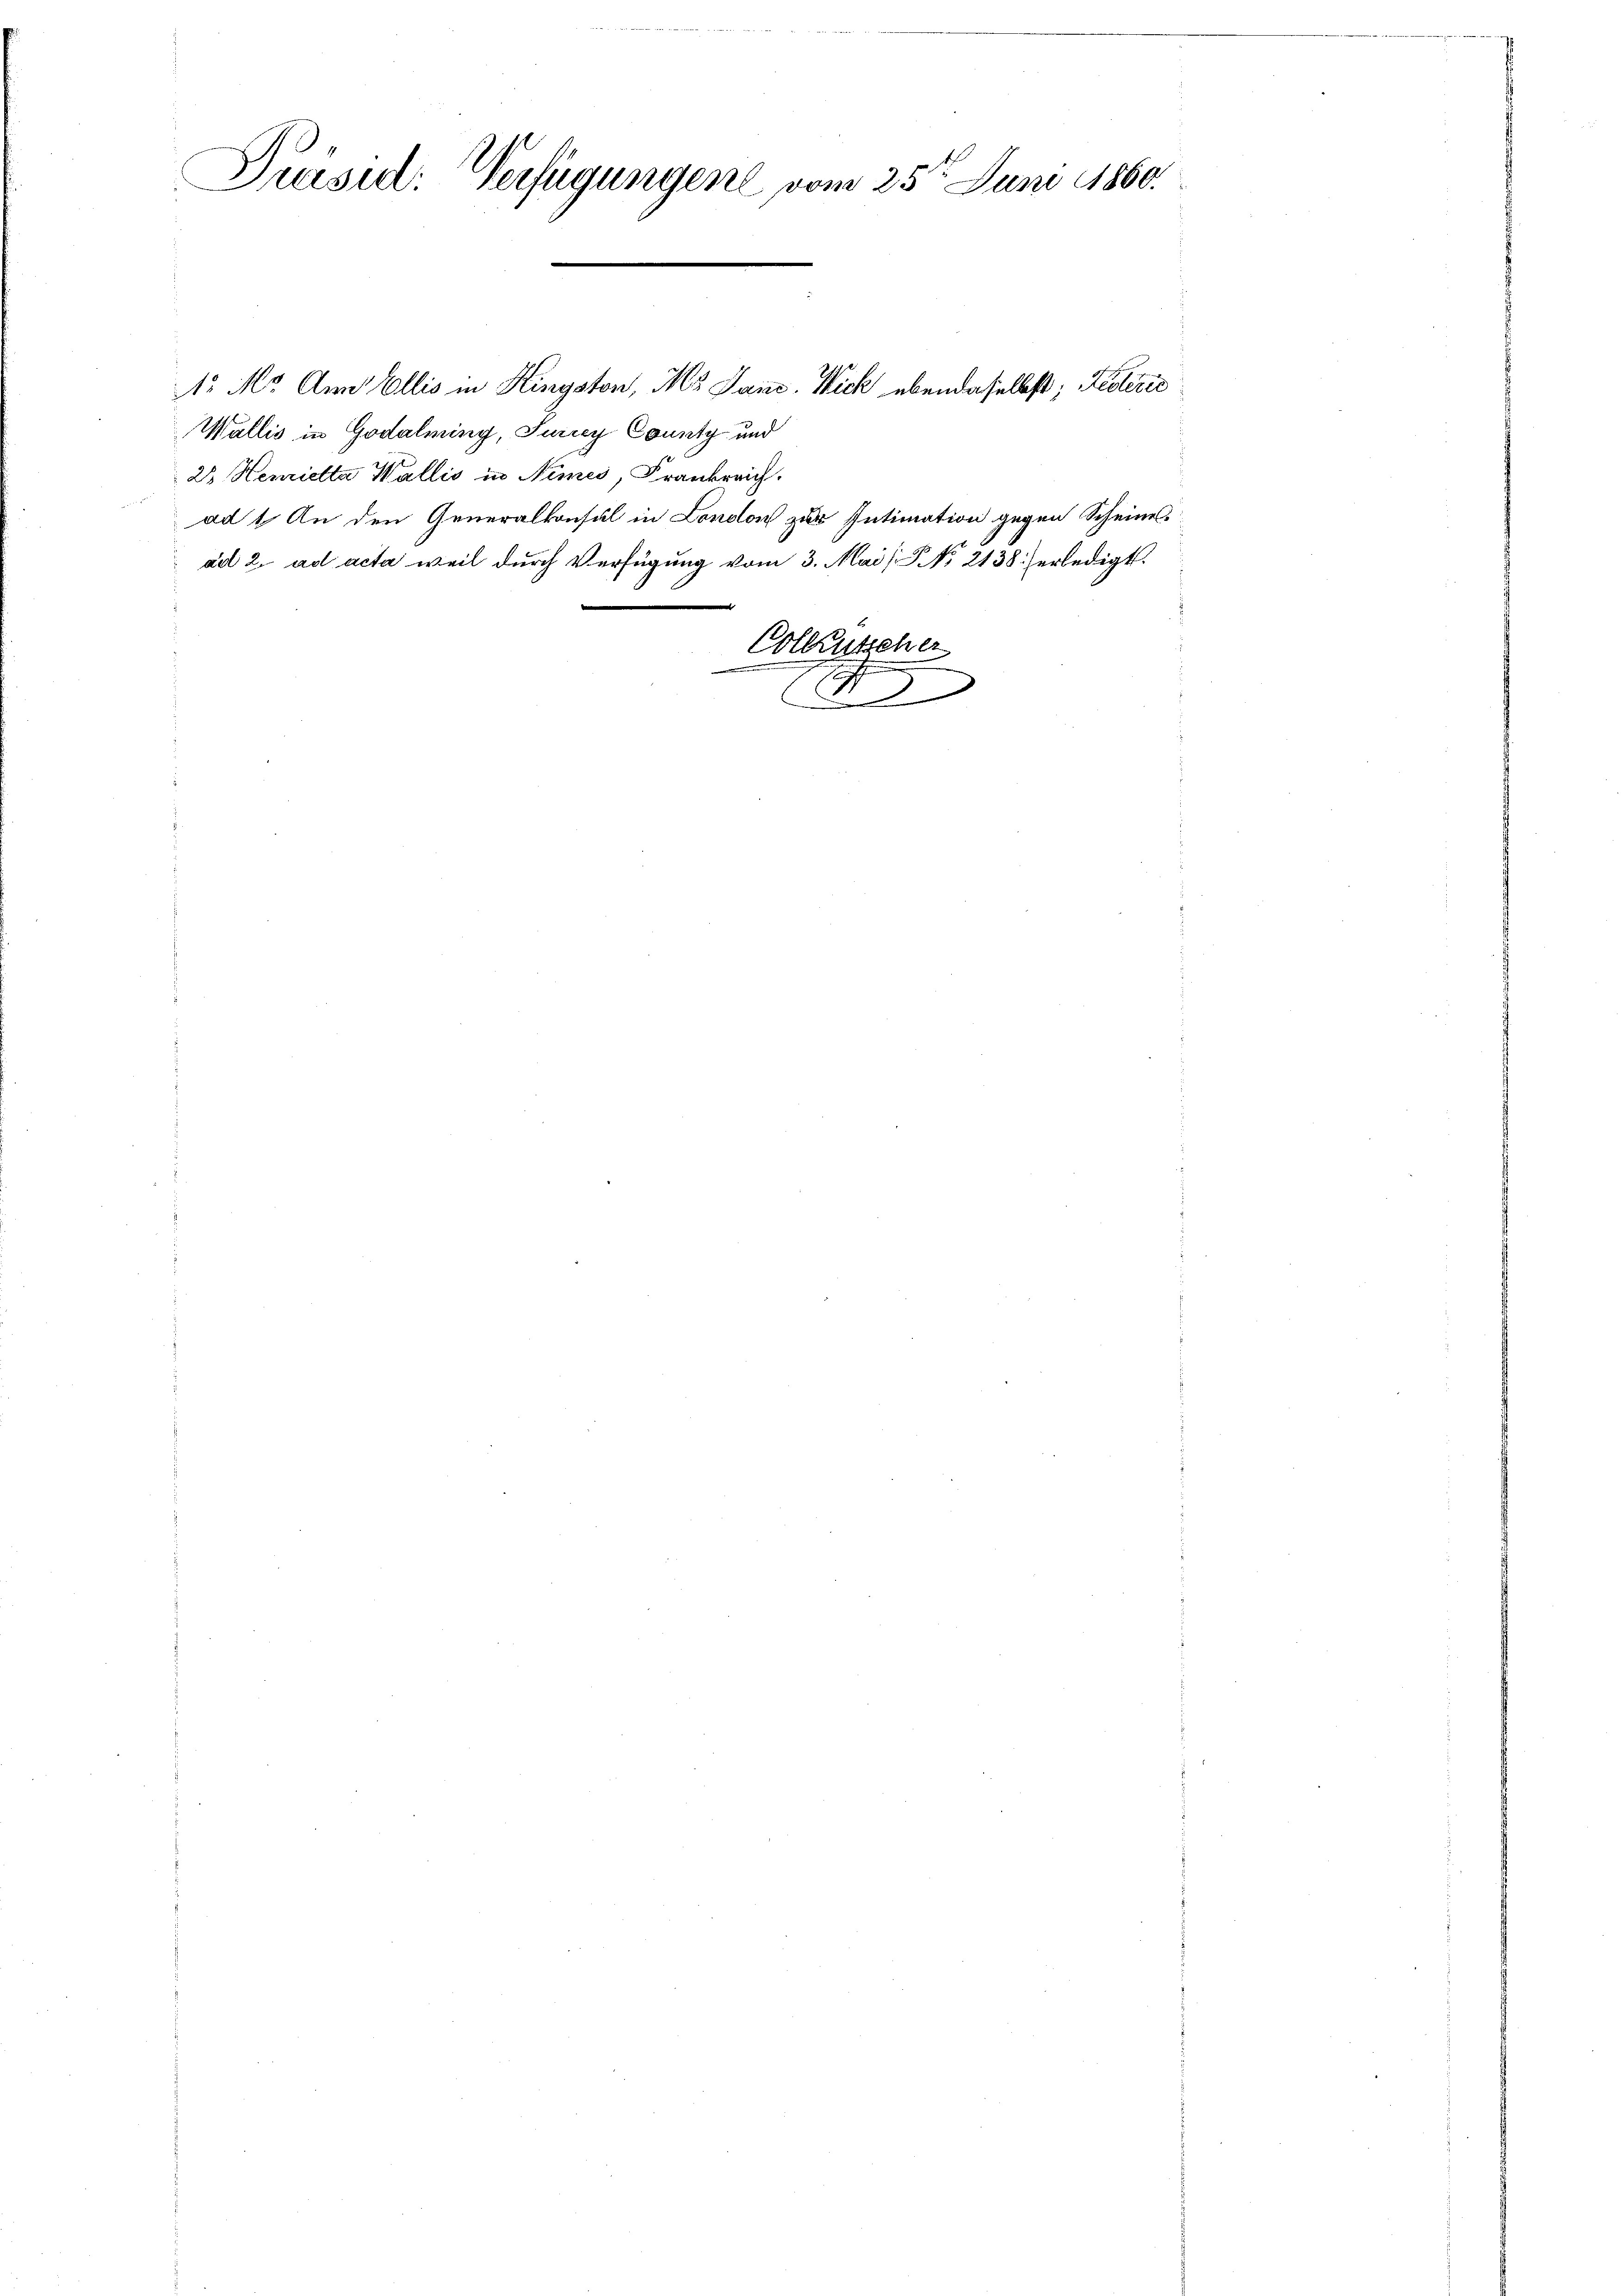
Präsid. Verfügungen vom 25t Juni 1860.
e
e

1. M. Ann Ellis in Hingston, M. Jane. Nick ebendaselbst; Peterie
Wallis in Godalming, Turcey County und
23 Hemietta Wallis in Nimes, Frankreich.
ad 1. An den Generalkonsul in London zur Intimation gegen Scheines
ad 2. ad acta weil durch Verfügung vom 3. Mai [No 2138 erledigt.
Colleutscher
r
V